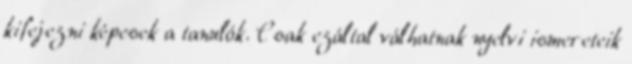
kifejezni képesek a tanulók. Csak ezáltal válhatnak nyelvi ismereteik